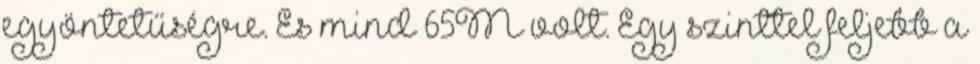
egyöntetűségre. És mind 65M volt. Egy szinttel feljebb a